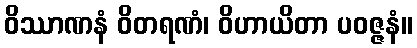
ဝိဿာဏနံ ဝိတရဏံ၊ ဝိဟာယိတာ ပဝဇ္ဇနံ။